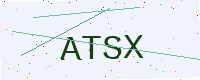
Text: ATSX